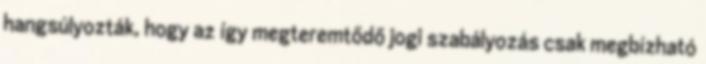
hangsúlyozták, hogy az így megteremtődő jogi szabályozás csak megbízható